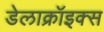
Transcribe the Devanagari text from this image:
डेलाक्रॉइक्स